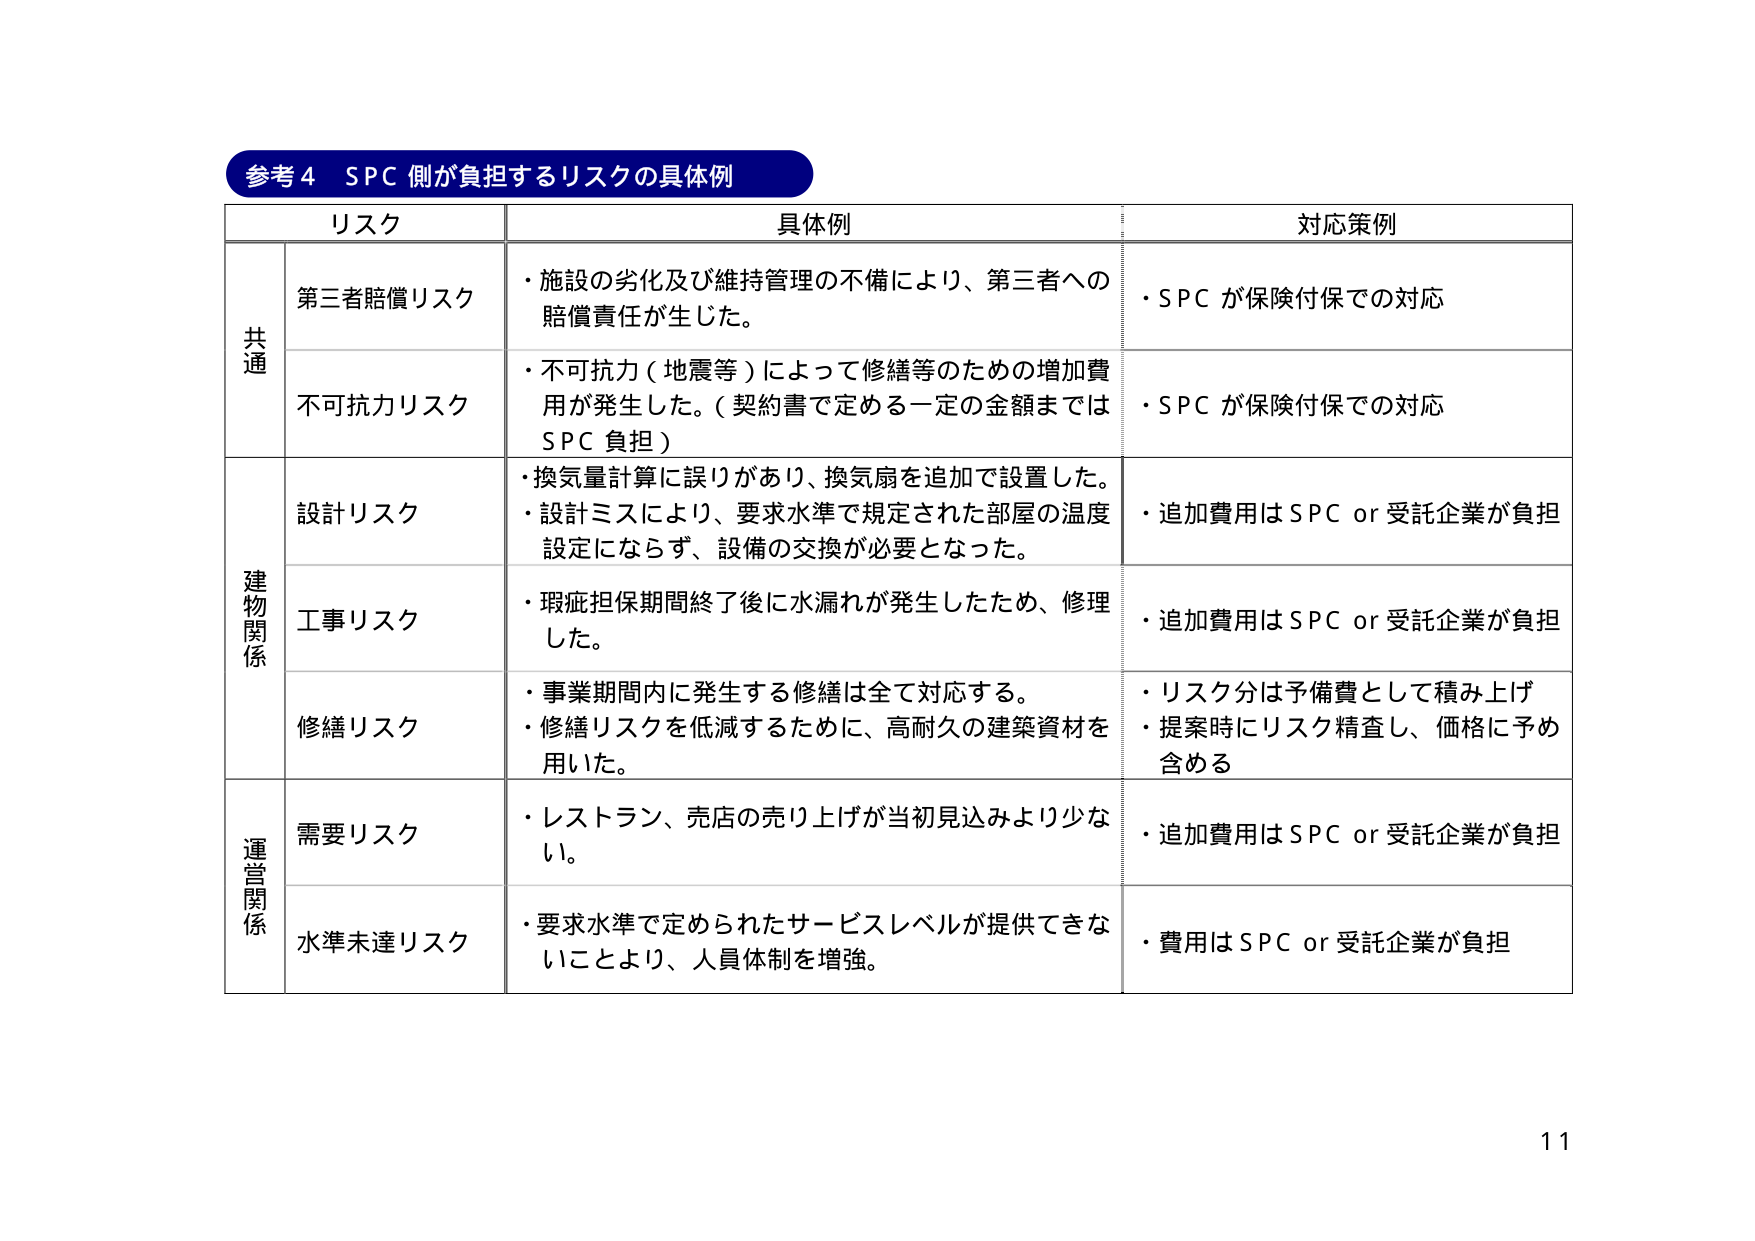
参考４　ＳＰＣ側が負担するリスクの具体例

リスク